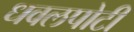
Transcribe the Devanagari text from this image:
धवलपोटी